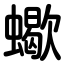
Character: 蠍